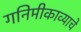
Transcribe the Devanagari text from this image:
गनिमीकाव्याचे